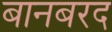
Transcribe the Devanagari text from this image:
बानबरद